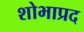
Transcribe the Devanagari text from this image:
शोभाप्रद